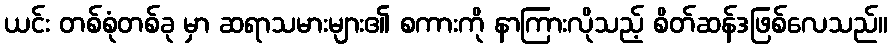
ယင်း တစ်စုံတစ်ခု မှာ ဆရာသမားများ၏ စကားကို နာကြားလိုသည့် စိတ်ဆန်ဒဖြစ်လေသည်။